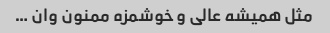
مثل همیشه عالی و خوشمزه ممنون وان …